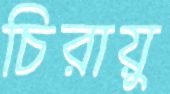
চিরায়ু